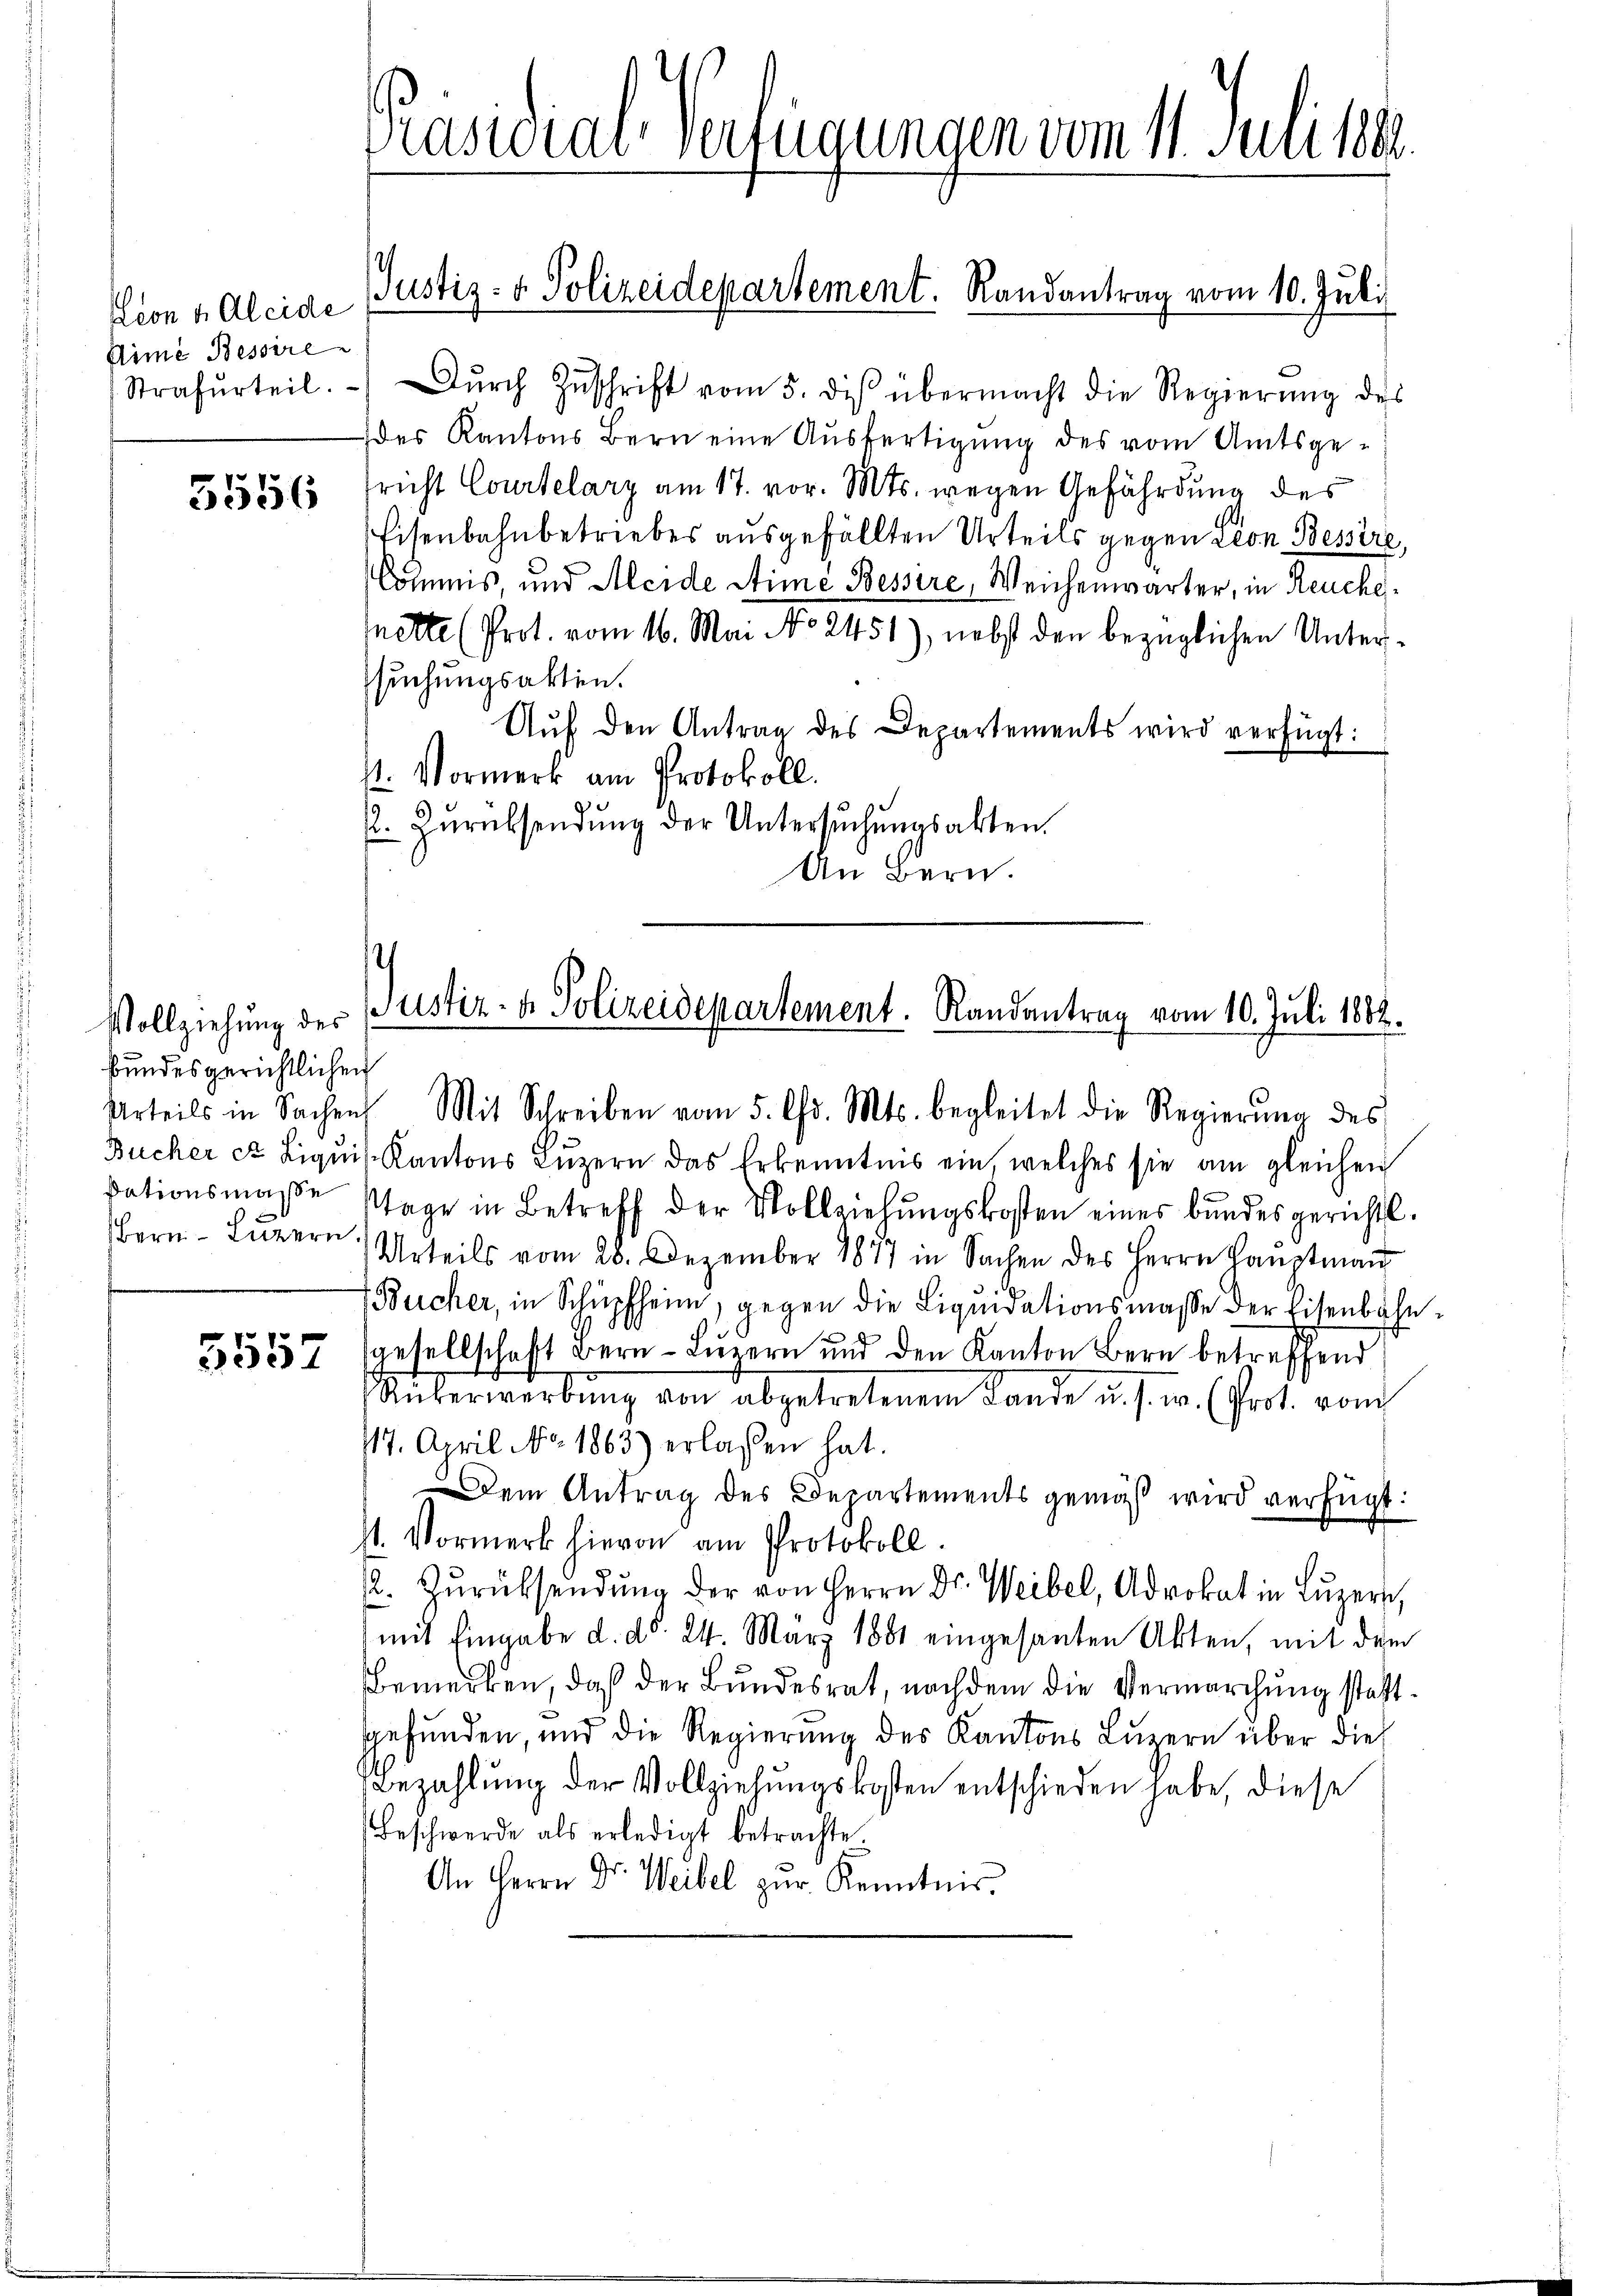
Lion u. Kleide
Aime Bessire

5556

Vollziehung des
bundesgerichtlichen
Bern Luzern

5557

Präsidial-Verfügungen vom 11. Juni 188

Strafurteil. Dŭrch Zŭschrift vom 5. des übermacht die Regierŭng des
des Kantons Bern eine Ausfertigung des vom Amtsgefricht Courtelary am 17. vor. Mts. wegen Gefährdung des
Eisenbahnbetriebes ausgefällten Urteils gegen Lion Bessire,
Commis und Aleide Stime Bessire, Weichenwärter, in Reuchefette (Prot. vom 16. Mai No 2451), nebst den bezüglichen Untersuchungsakten.
Auf den Antrag des Departements wird verfügt:
1. Vormerk am Protokoll.
P. Zŭrücksendŭng der Untersŭchŭngsakten.
An Bern.

Urteils in Sachen Mit Schreiben vom 5. Chr. Mts. begleitet die Regierŭng des
Bucher et Liquis Kantons Luzern das Erkenntnis ein, welches sie am gleichen
dationsmaße Tage in Betreff der Vollziehungskosten eines bundesgerichtl.
Urteils vom 28. Dezember 1877 in Sachen des Herrn Haŭptmaṅ
Bücher, in Schüpfheim, gegen die Liquidationsmasse der Eisenbahngesellschaft Bern Luzern und den Kanton Bern betreffend
Ueberwerbung von abgetretenem Lande u. s. w. (fort vom
717. April No. 1863) erlassen hat.
Dem Antrag des Departements gemäß wird verfügt:
st. Vormerk hievon am Protokoll.
. Zŭrücksendŭng der von Herrn Dr. Weibel, Advokat in Lŭzern,
mit Eingabe d. d. 24. März 1881 eingesanten Akten, mit dem
Bemerken, daß der Bundesrat, nachdem die Vermarchung stattgefunden, und die Regierung des Kantons Luzern über die
Bezahlung der Vollziehungskosten entschieden habe, diese
Beschwerde als erledigt betrachte.
An Herrn Dr. Weibel zŭr Kenntnis.

Justiz- & Polizeidepartement. Randantrag vom 10. Juli

s
Justiz- & Polizeidepartement. Randantrag vom 10. Juli 1882.